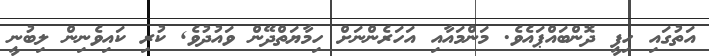
އަތުގައި ހިފީ ދޮންބައްޕައެވެ. މަންމައާއި އަހަރެންނަށް ހިމާޔަތްދޭން ވައުދުވެ